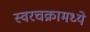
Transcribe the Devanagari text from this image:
स्वरचक्रामध्ये